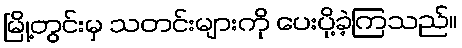
မြို့တွင်းမှ သတင်းများကို ပေးပို့ခဲ့ကြသည်။